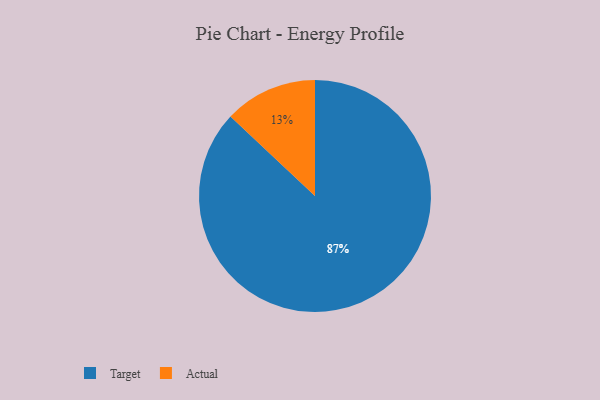
{"axis": {"x": "Category", "y": "Percentage"}, "legend": ["Actual", "Target"], "data": [{"x": "Target", "y": 87, "type": "Target"}, {"x": "Actual", "y": 13, "type": "Actual"}]}